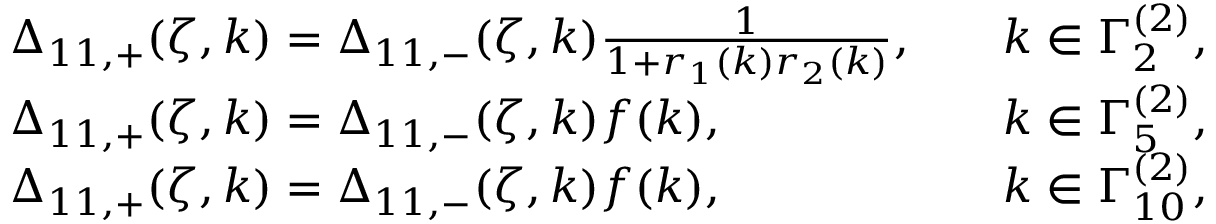
\begin{array} { r l r l } & { \Delta _ { 1 1 , + } ( \zeta , k ) = \Delta _ { 1 1 , - } ( \zeta , k ) \frac { 1 } { 1 + r _ { 1 } ( k ) r _ { 2 } ( k ) } , } & & { k \in \Gamma _ { 2 } ^ { ( 2 ) } , } \\ & { \Delta _ { 1 1 , + } ( \zeta , k ) = \Delta _ { 1 1 , - } ( \zeta , k ) f ( k ) , } & & { k \in \Gamma _ { 5 } ^ { ( 2 ) } , } \\ & { \Delta _ { 1 1 , + } ( \zeta , k ) = \Delta _ { 1 1 , - } ( \zeta , k ) f ( k ) , } & & { k \in \Gamma _ { 1 0 } ^ { ( 2 ) } , } \end{array}